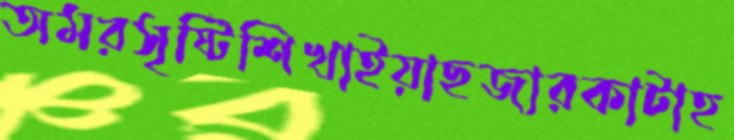
অমরসৃষ্টিশিখাইয়াছজারকাটাহ